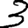
Digit: 3